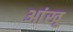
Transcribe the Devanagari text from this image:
आंखू